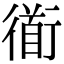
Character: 衜